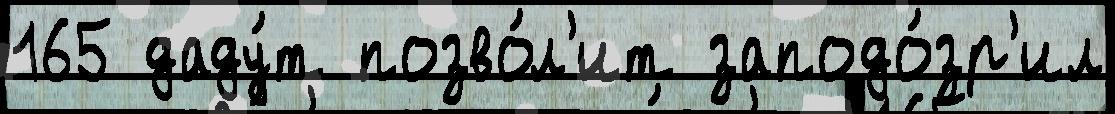
165 даду́т позво́л'ит заподо́зр'ил